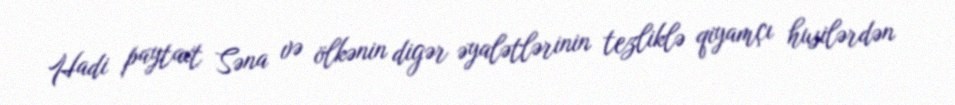
Hadi paytaxt Səna və ölkənin digər əyalətlərinin tezliklə qiyamçı husilərdən